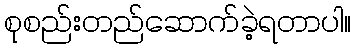
စုစည်းတည်ဆောက်ခဲ့ရတာပါ။